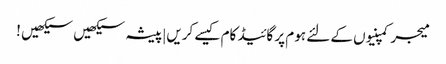
میجر کمپنیوں کے لئے ہوم پر گائیڈ کام کیسے کریں|پیشہ سیکھیں سیکھیں !